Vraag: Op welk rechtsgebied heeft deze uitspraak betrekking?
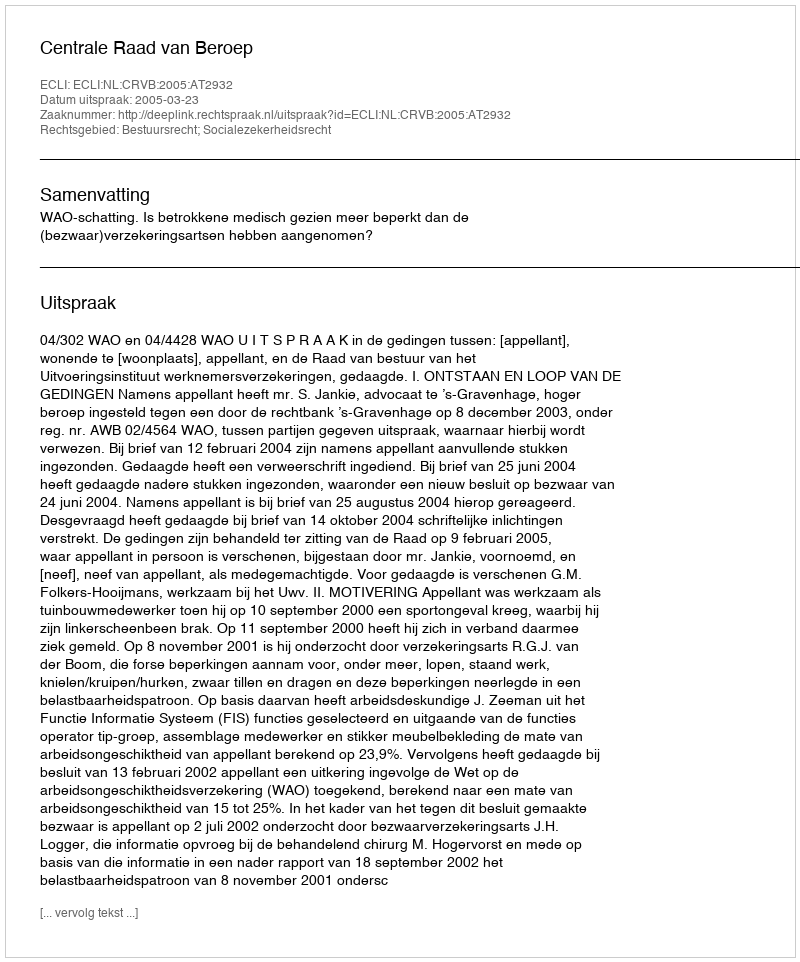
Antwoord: Bestuursrecht; Socialezekerheidsrecht